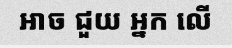
អាច ជួយ អ្នក លើ